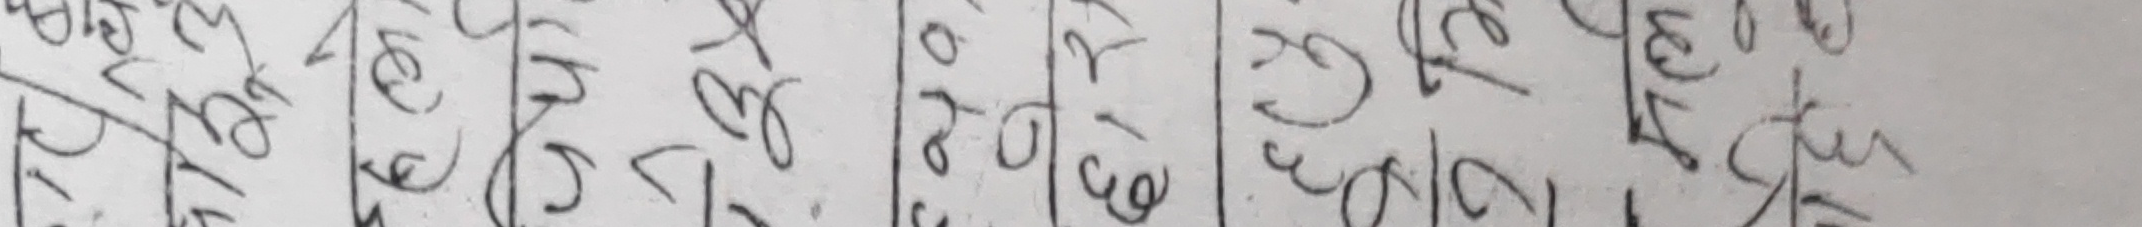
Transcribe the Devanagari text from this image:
न. ३८३२
ना. ३१४०
ना. ५४६४
ना. २१५८